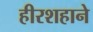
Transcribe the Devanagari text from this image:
हीरशहाने